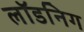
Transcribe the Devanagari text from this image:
लॉडनिग